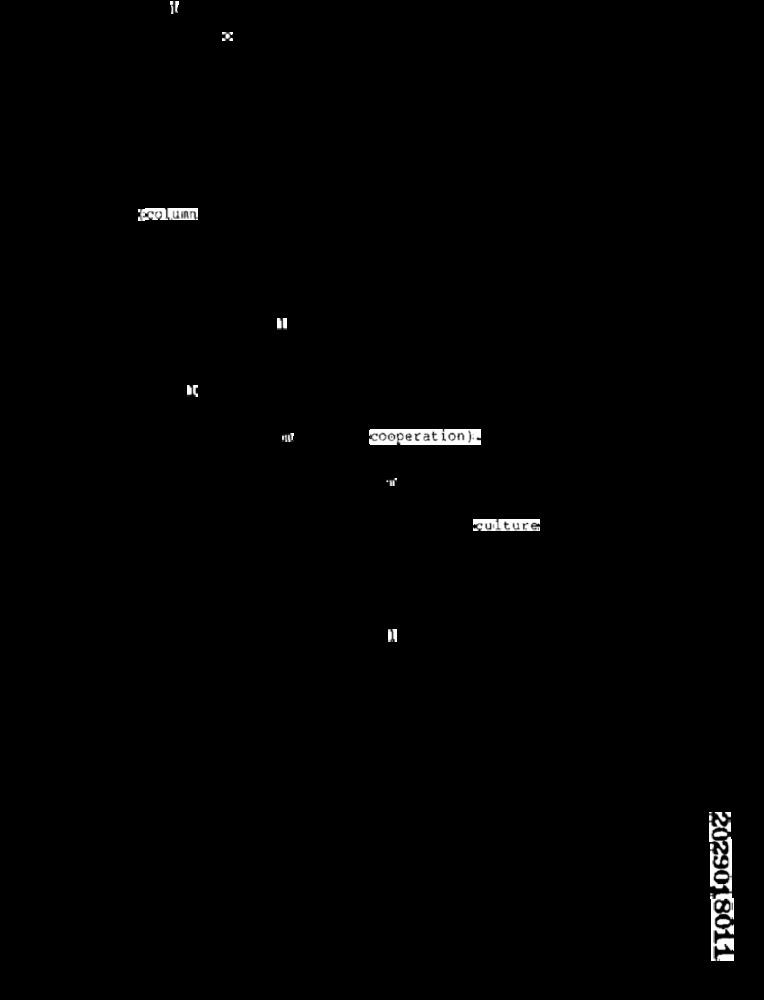
"Eco Luin.
cooperation ) :-
culture
2029018011